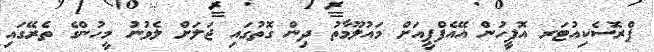
ޕްރޮސެކިއުޓަރ އޮފީހުން އޭއެފްޕީއަށް މައުލޫމާތު ދިން ގޮތުގައި ޖަލަށް ލެވުނު މީހުންގެ ތެރޭގައި